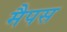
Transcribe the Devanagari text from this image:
मैपस